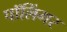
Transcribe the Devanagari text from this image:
पॉलिंगर